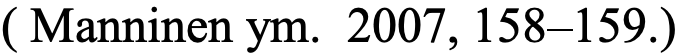
( Manninen ym. 2007, 158–159.)